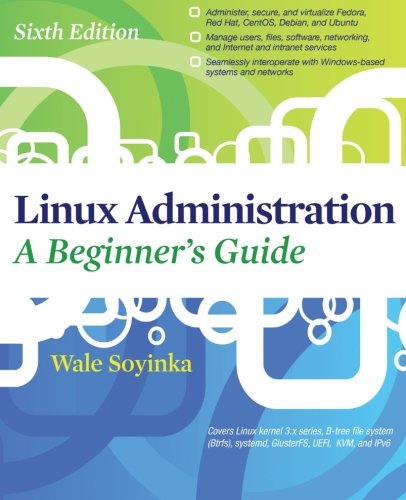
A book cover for Linux Administration: A Beginners Guide, Sixth Edition; Wale Soyinka; Computers & Technology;